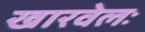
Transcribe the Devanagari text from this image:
खारवेलः